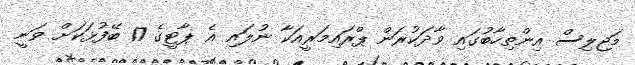
މަޖިލިސް އިންތިހާބުގައި ވާދަކުރަން ޕްރައިމަރީއަކާ ނުލައި އެ ޕާޓީގެ 17 ބޭފުޅަކަށް ވަނީ